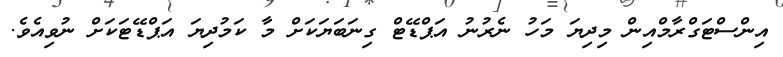
އިންސްޓަގްރާމްއިން މިދިޔަ މަހު ނެރުނު އަޕްޑޭޓް ގިނަބަޔަކަށް މާ ކަމުދިޔަ އަޕްޑޭޓަކަށް ނުވިއެވެ.